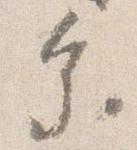
参